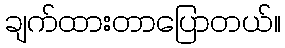
ချက်ထားတာပြောတယ်။